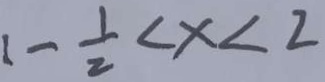
1 - \frac { 1 } { 2 } < x < 2